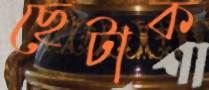
ছেটাক